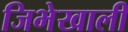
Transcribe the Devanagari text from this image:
जिभेखाली